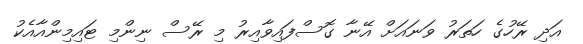
އަދި ރޭހުގެ ހަތަރު ވަނައަށް އޭނާ ގޮސްފައިވާއިރު މި ރޭސް ނިންމި ޓައިމިންއާއެކު